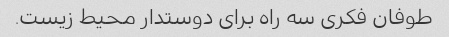
طوفان فکری سه راه برای دوستدار محیط زیست.